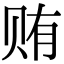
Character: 贿